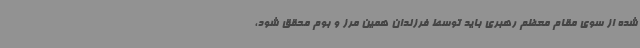
شده از سوی مقام معظم رهبری باید توسط فرزندان همین مرز و بوم محقق شود،